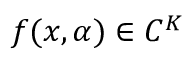
f ( x , \alpha ) \in C ^ { K }